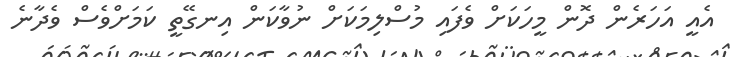
އެއީ އަހަރެން ދޮން މީހަކަށް ވެފައި މުސްލިމަކަށް ނުވާކަން އިނގޭތީ ކަމަށްވެސް ވެދާނެ